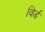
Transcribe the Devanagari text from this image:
विर्ड